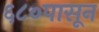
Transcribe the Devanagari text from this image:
६८०पासून